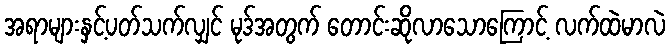
အရာများနှင့်ပတ်သက်လျှင် မုဒ်အတွက် တောင်းဆိုလာသောကြောင့် လက်ထဲမာလဲ